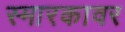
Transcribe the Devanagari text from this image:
स्मारकावर